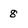
Character: 8